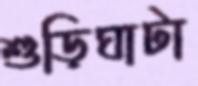
শুড়িঘাটা